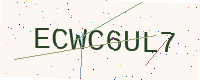
Text: ECWC6UL7